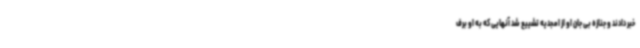
خبر دادند و جنازه بی جان او از امجدیه تشییع شد آنهایی که به او برف